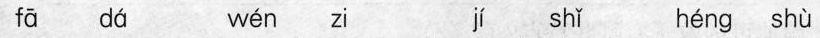
fā dá wén zi jí shǐ héng shù